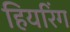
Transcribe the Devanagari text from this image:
हियरिंग